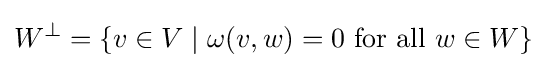
W^{\perp }=\{v\in V\mid \omega (v,w)=0{\mbox{ for all }}w\in W\}